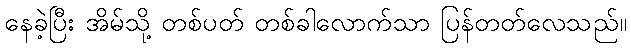
နေခဲ့ပြီး အိမ်သို့ တစ်ပတ် တစ်ခါလောက်သာ ပြန်တတ်လေသည်။